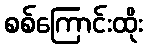
စစ်ကြောင်းထိုး